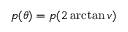
p ( \theta ) = p ( 2 \arctan v )